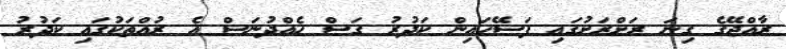
ރާއްޖޭގެ ގިނަ ރަށްރަށުގައި ފަސޭހައިން ކަދުރު ގަސް ހެއްދުނަސް އެ ރުއްތަކުގައި ކަދުރު